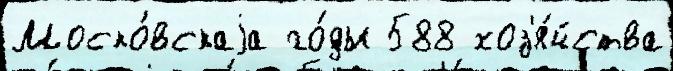
Моско́вскаjа го́ды 588 хоз'я́йства